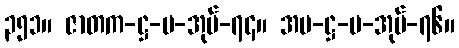
၃၅၁။ ဇာတက-ဋ္ဌ-ပ-အုပ်-၇၄။ အပ-ဋ္ဌ-ပ-အုပ်-၇၆။